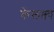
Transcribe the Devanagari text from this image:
केलक्ष्य